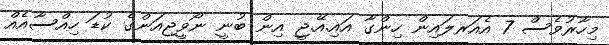
މިހާރުވެސް 7 އެއަރލައިން ހިންގާ އައި.އޭ.ޖީ އިން ބުނީ ނޯވީޖިއަންގެ ކުޑަ ހިއްސާއެއް